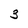
Character: 3